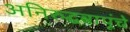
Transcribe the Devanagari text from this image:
अनिरुद्धबापूंचे